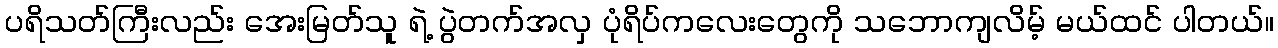
ပရိသတ်ကြီးလည်း အေးမြတ်သူ ရဲ့ ပွဲတက်အလှ ပုံရိပ်ကလေးတွေကို သဘောကျလိမ့် မယ်ထင် ပါတယ်။